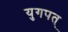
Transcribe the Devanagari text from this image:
युगपत्